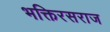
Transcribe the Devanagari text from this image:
भक्तिरसराज